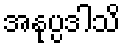
အနုပ္ပဒါသိ